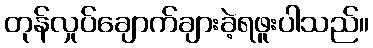
တုန်လှုပ်ချောက်ချားခဲ့ရဖူးပါသည်။